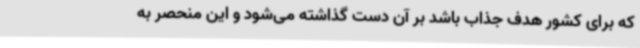
که برای کشور هدف جذاب باشد بر آن دست گذاشته می‌شود و این منحصر به